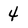
Character: 4